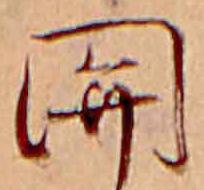
関